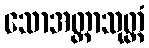
သောအတ္တာသုတ္တံ